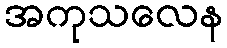
အကုသလေန